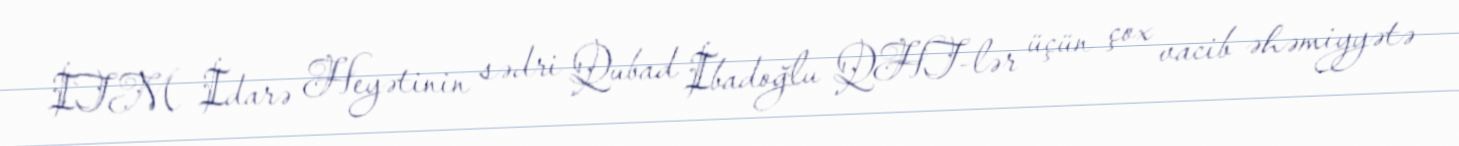
İTM İdarə Heyətinin sədri Qubad İbadoğlu QHT-lər üçün çox vacib əhəmiyyətə